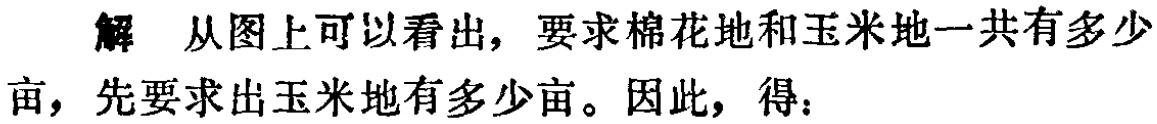
解 从图上可以看出，要求棉花地和玉米地一共有多少

亩，先要求出玉米地有多少亩。因此，得：